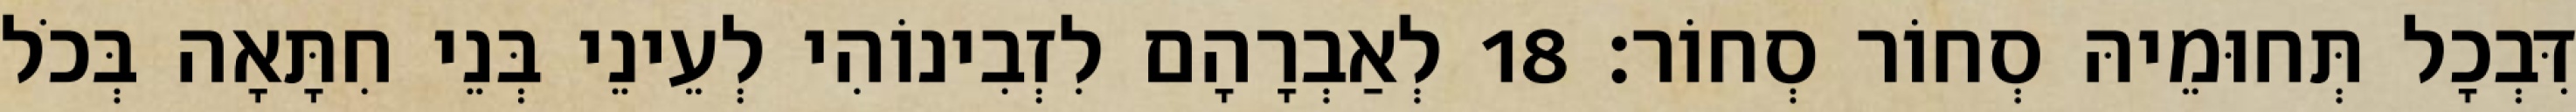
דִּבְכָל תְּחוּמֵיהּ סְחוֹר סְחוֹר׃ 18 לְאַבְרָהָם לִזְבִינוֹהִי לְעֵינֵי בְּנֵי חִתָּאָה בְּכֹל